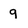
Character: q